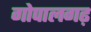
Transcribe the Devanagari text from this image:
गोपालगढ़